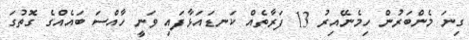
ގިނަ މެންބަރުން ހިމެނޭއިރު 13 ފަރާތެއް ކަނޑައަޅާފައި ވަނީ ހާއްސަ ބައެއްގެ ގޮތުގަ